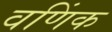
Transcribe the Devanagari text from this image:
वणिंक